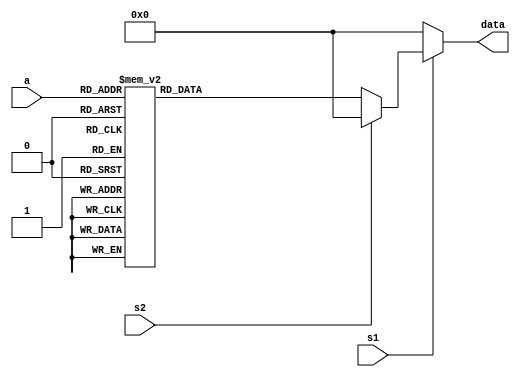
module y2_10(a,s1,s2,data);
	input [3:0] a;
	input s1,s2;
	output [7:0] data; //
	reg [7:0] data;
	always@ (a,s1,s2)
		begin
			if(s1==0)
				data<=8'b00000000;
			else if(s2==1)
				data<=8'b00000000;
			else
				begin
					case(a)
				4'b0000:data<=8'b00111111;
				4'b0001:data<=8'b00000110;
				4'b0010:data<=8'b01011011;
				4'b0011:data<=8'b01001111;
				4'b0100:data<=8'b01100110;
				4'b0101:data<=8'b01101101;
				4'b0110:data<=8'b01111101;
				4'b0111:data<=8'b00000111;
				4'b1000:data<=8'b01111111;
				4'b1001:data<=8'b01101111;
				default:data<=8'b00000000;
					endcase
				end
		end
endmodule